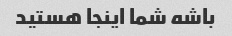
باشه شما اینجا هستید